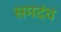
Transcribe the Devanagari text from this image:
समदंच